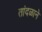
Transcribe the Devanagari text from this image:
तांदळाने